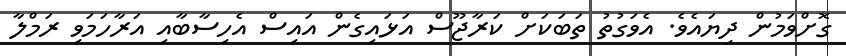
ގޮށްވަމުން ދިޔައެވެ. އެވަގުތު ތަބަކަށް ކަރާޖޫސް އަޅައިގެން އައިސް އެހިސާބާއި އަރާހަމަވި ރަމްލާ